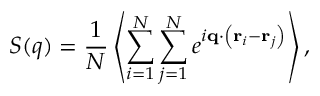
S ( q ) = \frac { 1 } { N } \left\langle \sum _ { i = 1 } ^ { N } \sum _ { j = 1 } ^ { N } e ^ { i \mathbf { q } \cdot \left( \mathbf { r } _ { i } - \mathbf { r } _ { j } \right) } \right\rangle ,